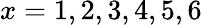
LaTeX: x=1,2,3,4,5,6